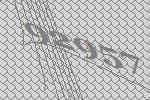
92957